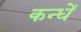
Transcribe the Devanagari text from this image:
कन्धें